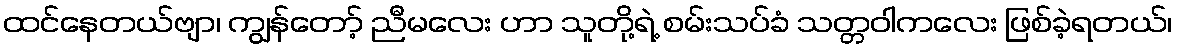
ထင်နေတယ်ဗျာ၊ ကျွန်တော့် ညီမလေး ဟာ သူတို့ရဲ့ စမ်းသပ်ခံ သတ္တဝါကလေး ဖြစ်ခဲ့ရတယ်၊